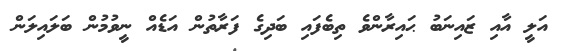
އަލީ އާއި ޒައިނަބު ޙައިރާންވެ ތިބެފައި ބަދިގެ ފަރާތުން އަޑެއް ނީވުމުން ބަލައިލަން